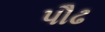
પૌઢ